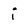
Character: i